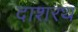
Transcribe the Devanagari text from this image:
दाशरथ